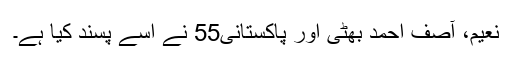
نعیم، آصف احمد بھٹی اور پاکستانی55 نے اسے پسند کیا ہے۔